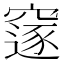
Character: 䆳